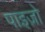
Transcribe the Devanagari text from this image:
पाइज़ो